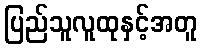
ပြည်သူလူထုနှင့်အတူ